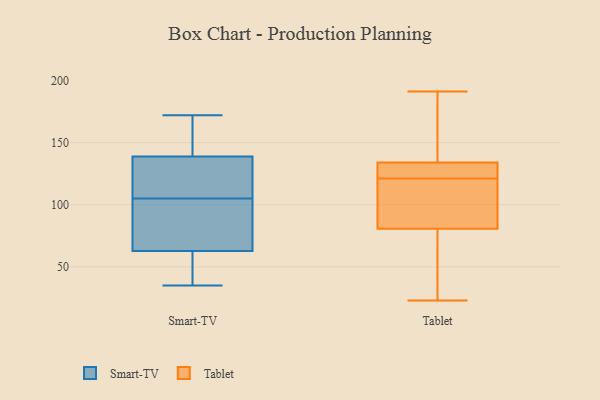
{"axis": {"x": "Market Share (%)", "y": "Value"}, "legend": ["Smart-TV", "Tablet"], "data": [{"x": "", "y": 49, "type": "Smart-TV"}, {"x": "", "y": 141, "type": "Smart-TV"}, {"x": "", "y": 50, "type": "Smart-TV"}, {"x": "", "y": 67, "type": "Smart-TV"}, {"x": "", "y": 88, "type": "Smart-TV"}, {"x": "", "y": 112, "type": "Smart-TV"}, {"x": "", "y": 138, "type": "Smart-TV"}, {"x": "", "y": 158, "type": "Smart-TV"}, {"x": "", "y": 82, "type": "Smart-TV"}, {"x": "", "y": 151, "type": "Smart-TV"}, {"x": "", "y": 172, "type": "Smart-TV"}, {"x": "", "y": 112, "type": "Smart-TV"}, {"x": "", "y": 70, "type": "Smart-TV"}, {"x": "", "y": 35, "type": "Smart-TV"}, {"x": "", "y": 105, "type": "Smart-TV"}, {"x": "", "y": 105, "type": "Smart-TV"}, {"x": "", "y": 40, "type": "Smart-TV"}, {"x": "", "y": 54, "type": "Tablet"}, {"x": "", "y": 191, "type": "Tablet"}, {"x": "", "y": 135, "type": "Tablet"}, {"x": "", "y": 128, "type": "Tablet"}, {"x": "", "y": 121, "type": "Tablet"}, {"x": "", "y": 106, "type": "Tablet"}, {"x": "", "y": 188, "type": "Tablet"}, {"x": "", "y": 121, "type": "Tablet"}, {"x": "", "y": 134, "type": "Tablet"}, {"x": "", "y": 102, "type": "Tablet"}, {"x": "", "y": 132, "type": "Tablet"}, {"x": "", "y": 74, "type": "Tablet"}, {"x": "", "y": 134, "type": "Tablet"}, {"x": "", "y": 83, "type": "Tablet"}, {"x": "", "y": 23, "type": "Tablet"}, {"x": "", "y": 123, "type": "Tablet"}, {"x": "", "y": 28, "type": "Tablet"}]}